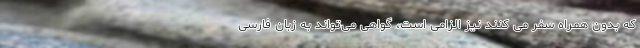
که بدون همراه سفر می کنند نیز الزامی است، گواهی می‌تواند به زبان فارسی